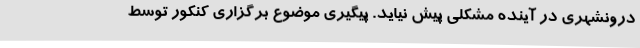
درونشهری در آینده مشکلی پیش نیاید. پیگیری موضوع برگزاری کنکور توسط